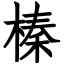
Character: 榛